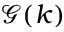
\mathcal G ( k )